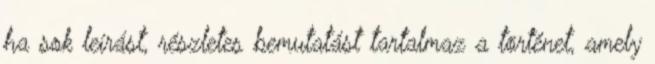
ha sok leírást, részletes bemutatást tartalmaz a történet, amely